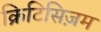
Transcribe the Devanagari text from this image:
क्रिटिसिज़म